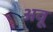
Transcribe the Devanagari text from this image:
अवू